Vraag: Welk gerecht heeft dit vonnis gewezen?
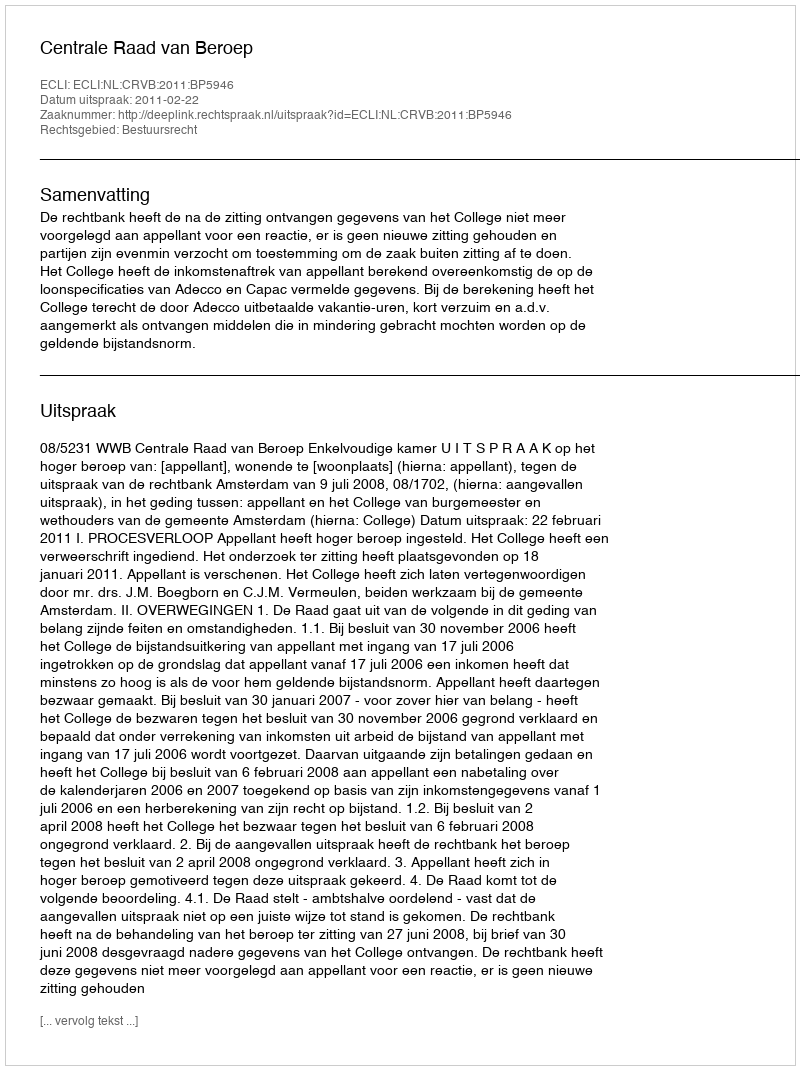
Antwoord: Centrale Raad van Beroep